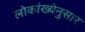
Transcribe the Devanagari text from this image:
लोकांख्येनुसार